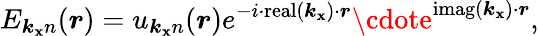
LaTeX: E_{\boldsymbol{k_{\mathbf{x}}}n}(\boldsymbol{r})=u_{\boldsymbol{k_{\mathbf{x}}}n}(\boldsymbol{r})e^{-i\cdot\operatorname{real}\left(\boldsymbol{k_{\mathbf{x}}}\right)\cdot\boldsymbol{r}}\cdote^{\operatorname{imag}\left(\boldsymbol{k_{\mathbf{x}}}\right)\cdot\boldsymbol{r}},